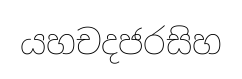
යහචදජරසිහ